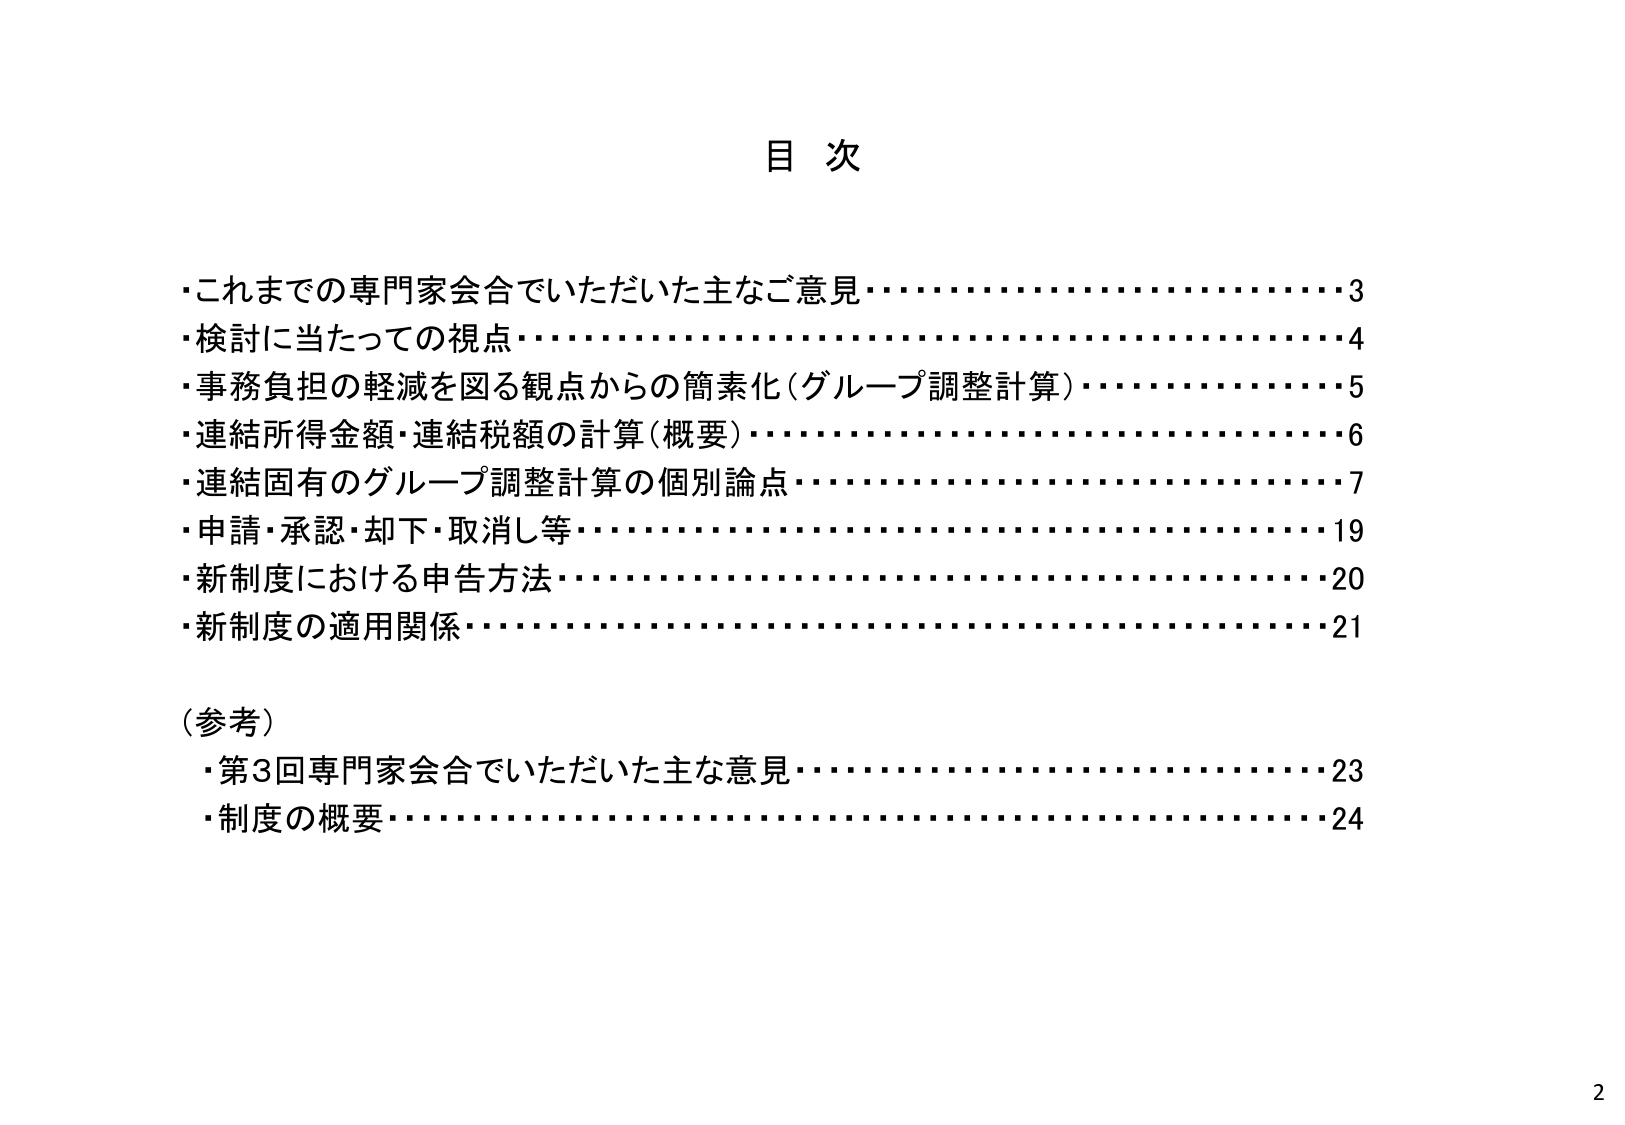
目 次

・これまでの専門家会合でいただいた主なご意見・・・・・・・・・・・・・・・・・・・・・・3
・検討に当たっての視点・・・・・・・・・・・・・・・・・・・・・・・・・・・・・・・・・・・・・・・・4
・事務負担の軽減を図る観点からの簡素化（グループ調整計算）・・・・・・・・・・・・・・5
・連結所得金額・連結税額の計算（概要）・・・・・・・・・・・・・・・・・・・・・・・・・・6
・連結固有のグループ調整計算の個別論点・・・・・・・・・・・・・・・・・・・・・・・・・・7
・申請・承認・却下・取消し等・・・・・・・・・・・・・・・・・・・・・・・・・・・・・・・・・・19
・新制度における申告方法・・・・・・・・・・・・・・・・・・・・・・・・・・・・・・・・・・20
・新制度の適用関係・・・・・・・・・・・・・・・・・・・・・・・・・・・・・・・・・・・・・・21

（参考）
・第3回専門家会合でいただいた主な意見・・・・・・・・・・・・・・・・・・・・・・・・・・23
・制度の概要・・・・・・・・・・・・・・・・・・・・・・・・・・・・・・・・・・・・・・・・・・24

2